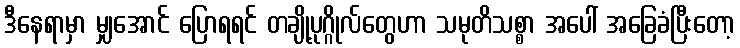
ဒီနေရာမှာ မျှအောင် ပြောရရင် တချို့ပုဂ္ဂိုလ်တွေဟာ သမုတိသစ္စာ အပေါ် အခြေခံပြီးတော့